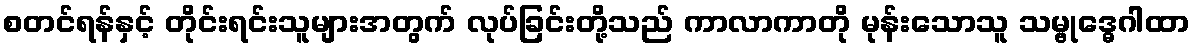
စတင်ရန်နှင့် တိုင်းရင်းသူများအတွက် လုပ်ခြင်းတို့သည် ကာလာကာတို မုန်းသောသူ သမ္ဗုဒ္ဓေဂါထာ